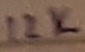
Text: 12K